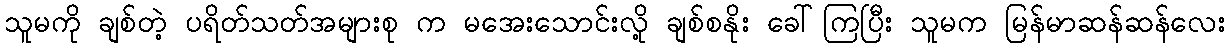
သူမကို ချစ်တဲ့ ပရိတ်သတ်အများစု က မအေးသောင်းလို့ ချစ်စနိုး ခေါ်ကြပြီး သူမက မြန်မာဆန်ဆန်လေး